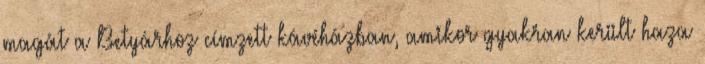
magát a Betyárhoz címzett kávéházban, amikor gyakran került haza